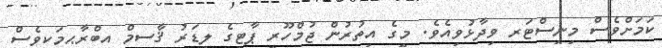
ކަމަށްވެސް މިނިސްޓަރ ވިދާޅުވިއެވެ. މީގެ އިތުރުން ޖުމްހޫރީ ޕާޓީގެ ލީޑަރު ޤާސިމް އިބްރާޙީމަކީވެސް